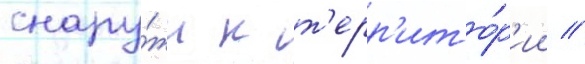
снару́жи к т'ерр'ито́р'ии /